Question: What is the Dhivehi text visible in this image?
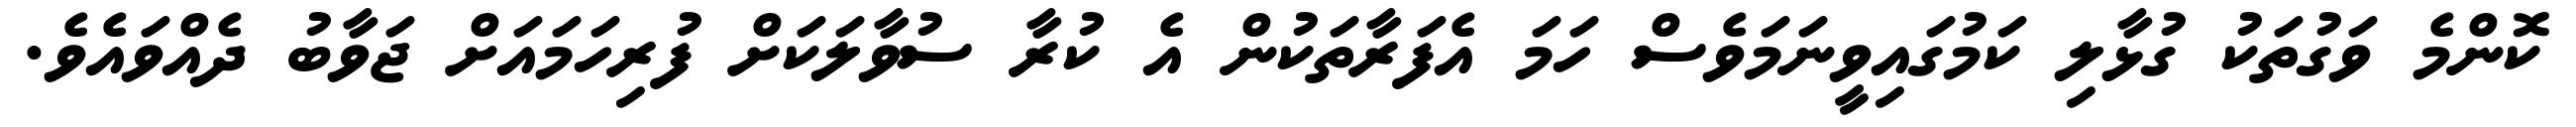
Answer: ކޮންމެ ވަގުތަކު ގުޅާލި ކަމުގައިވީނަމަވެސް ހަމަ އެފަރާތަކުން އެ ކުރާ ސުވާލަކަށް ފުރިހަމައަށް ޖަވާބު ދެއްވައެވެ.